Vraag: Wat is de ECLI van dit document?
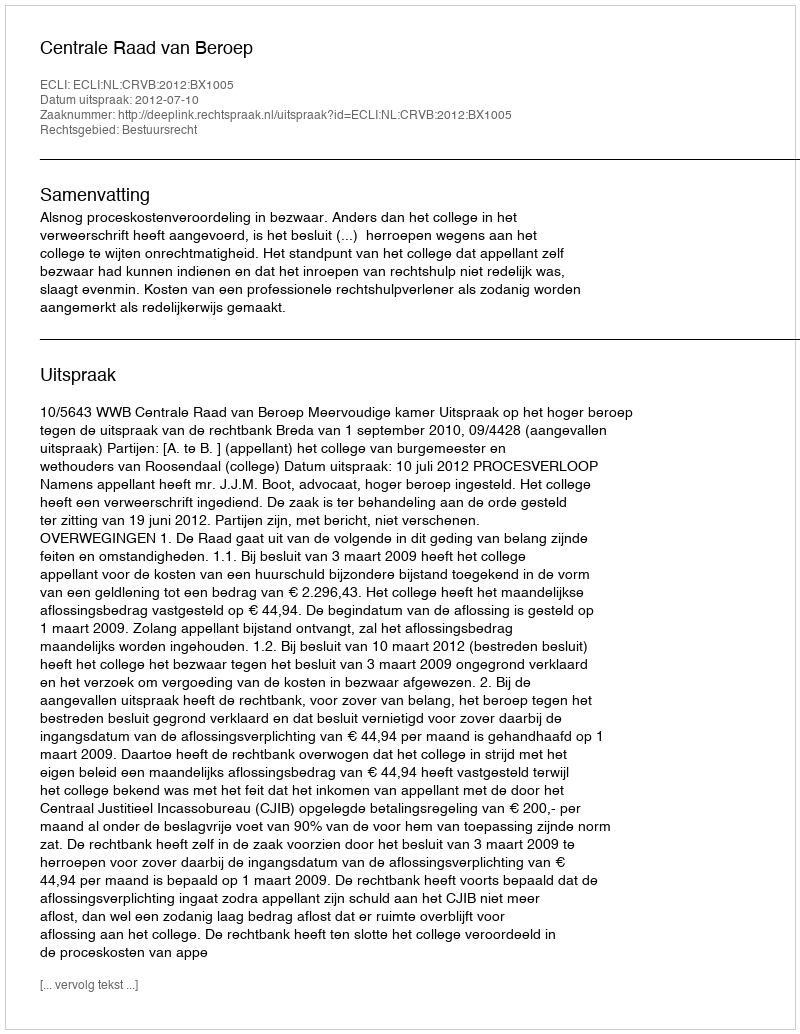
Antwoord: ECLI:NL:CRVB:2012:BX1005